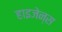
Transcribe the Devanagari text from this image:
हाइजेन्स